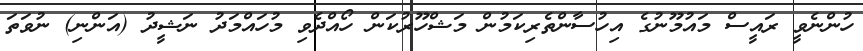
ހުންނެވީ ރައީސް މައުމޫނުގެ އިހުސާންތެރިކަމުން މަޝްހޫރުކަން ހޯއްދެވި މުހައްމަދު ނަޝީދު (އަންނި) ނުވަތަ